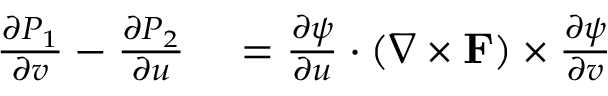
\begin{array} { r l } { { \frac { \partial P _ { 1 } } { \partial v } } - { \frac { \partial P _ { 2 } } { \partial u } } } & { { } = { \frac { \partial \psi } { \partial u } } \cdot ( \nabla \times \mathbf { F } ) \times { \frac { \partial \psi } { \partial v } } } \end{array}